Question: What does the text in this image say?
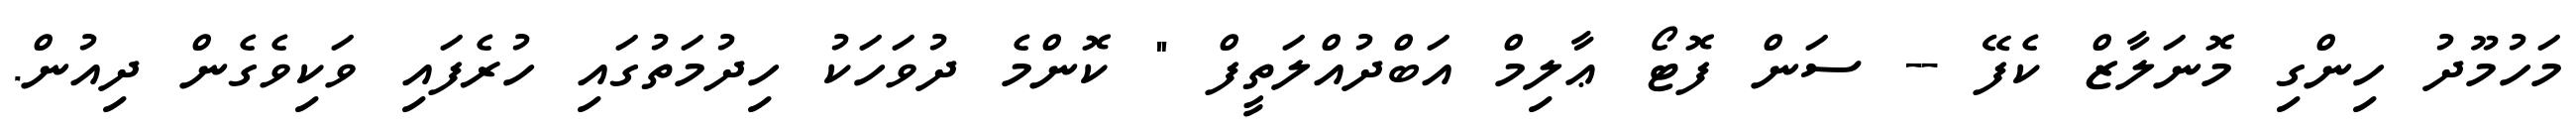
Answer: މަހުމޫދު ހިންގި މޮނަލާޒް ކެފޭ -- ސަން ފޮޓޯ ޢާލިމް އަބްދުއްލަތީފް " ކޮންމެ ދުވަހަކު ހިދުމަތުގައި ހުރެފައި ވަކިވެގެން ދިއުން.